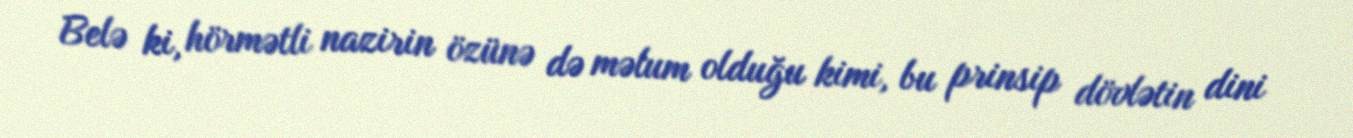
Belə ki, hörmətli nazirin özünə də məlum olduğu kimi, bu prinsip dövlətin dini